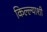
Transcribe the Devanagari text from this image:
किल्ल्याशी